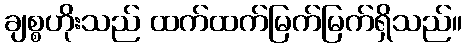
ချစ္စဟိုးသည် ထက်ထက်မြက်မြက်ရှိသည်။